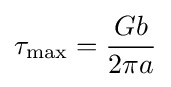
\tau _{\max }={\frac {Gb}{2\pi a}}